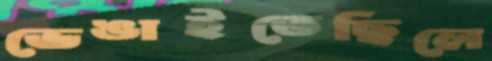
ভেঙাইতেছিলে